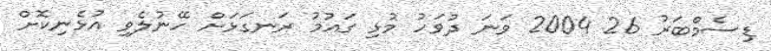
ޑިސެމްބަރު 26 2004 ވަނަ ދުވަހު މުޅި ގައުމު ރަނގަޅަށް ހޭނުލެވި އުޅެނިކޮށް